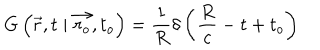
G \left( \vec { r } , t \mid \vec { r _ { o } } , t _ { o } \right) = \frac { 1 } { R } \delta \left( \frac { R } { c } - t + t _ { o } \right)